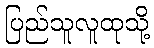
ပြည်သူလူထုသို့